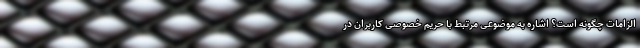
الزامات چگونه است؟ اشاره به موضوعی مرتبط با حریم خصوصی کاربران در